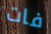
فات